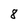
Character: 8